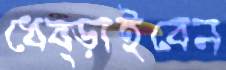
ধেব্‌ড়াইবেন